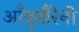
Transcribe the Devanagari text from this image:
आँबुखैरेनी